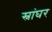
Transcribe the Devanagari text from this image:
स्नांघर